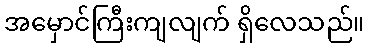
အမှောင်ကြီးကျလျက် ရှိလေသည်။